65_HS1-834228961_62-HQ-83894_Section_9
Agency: FBI
Page 32
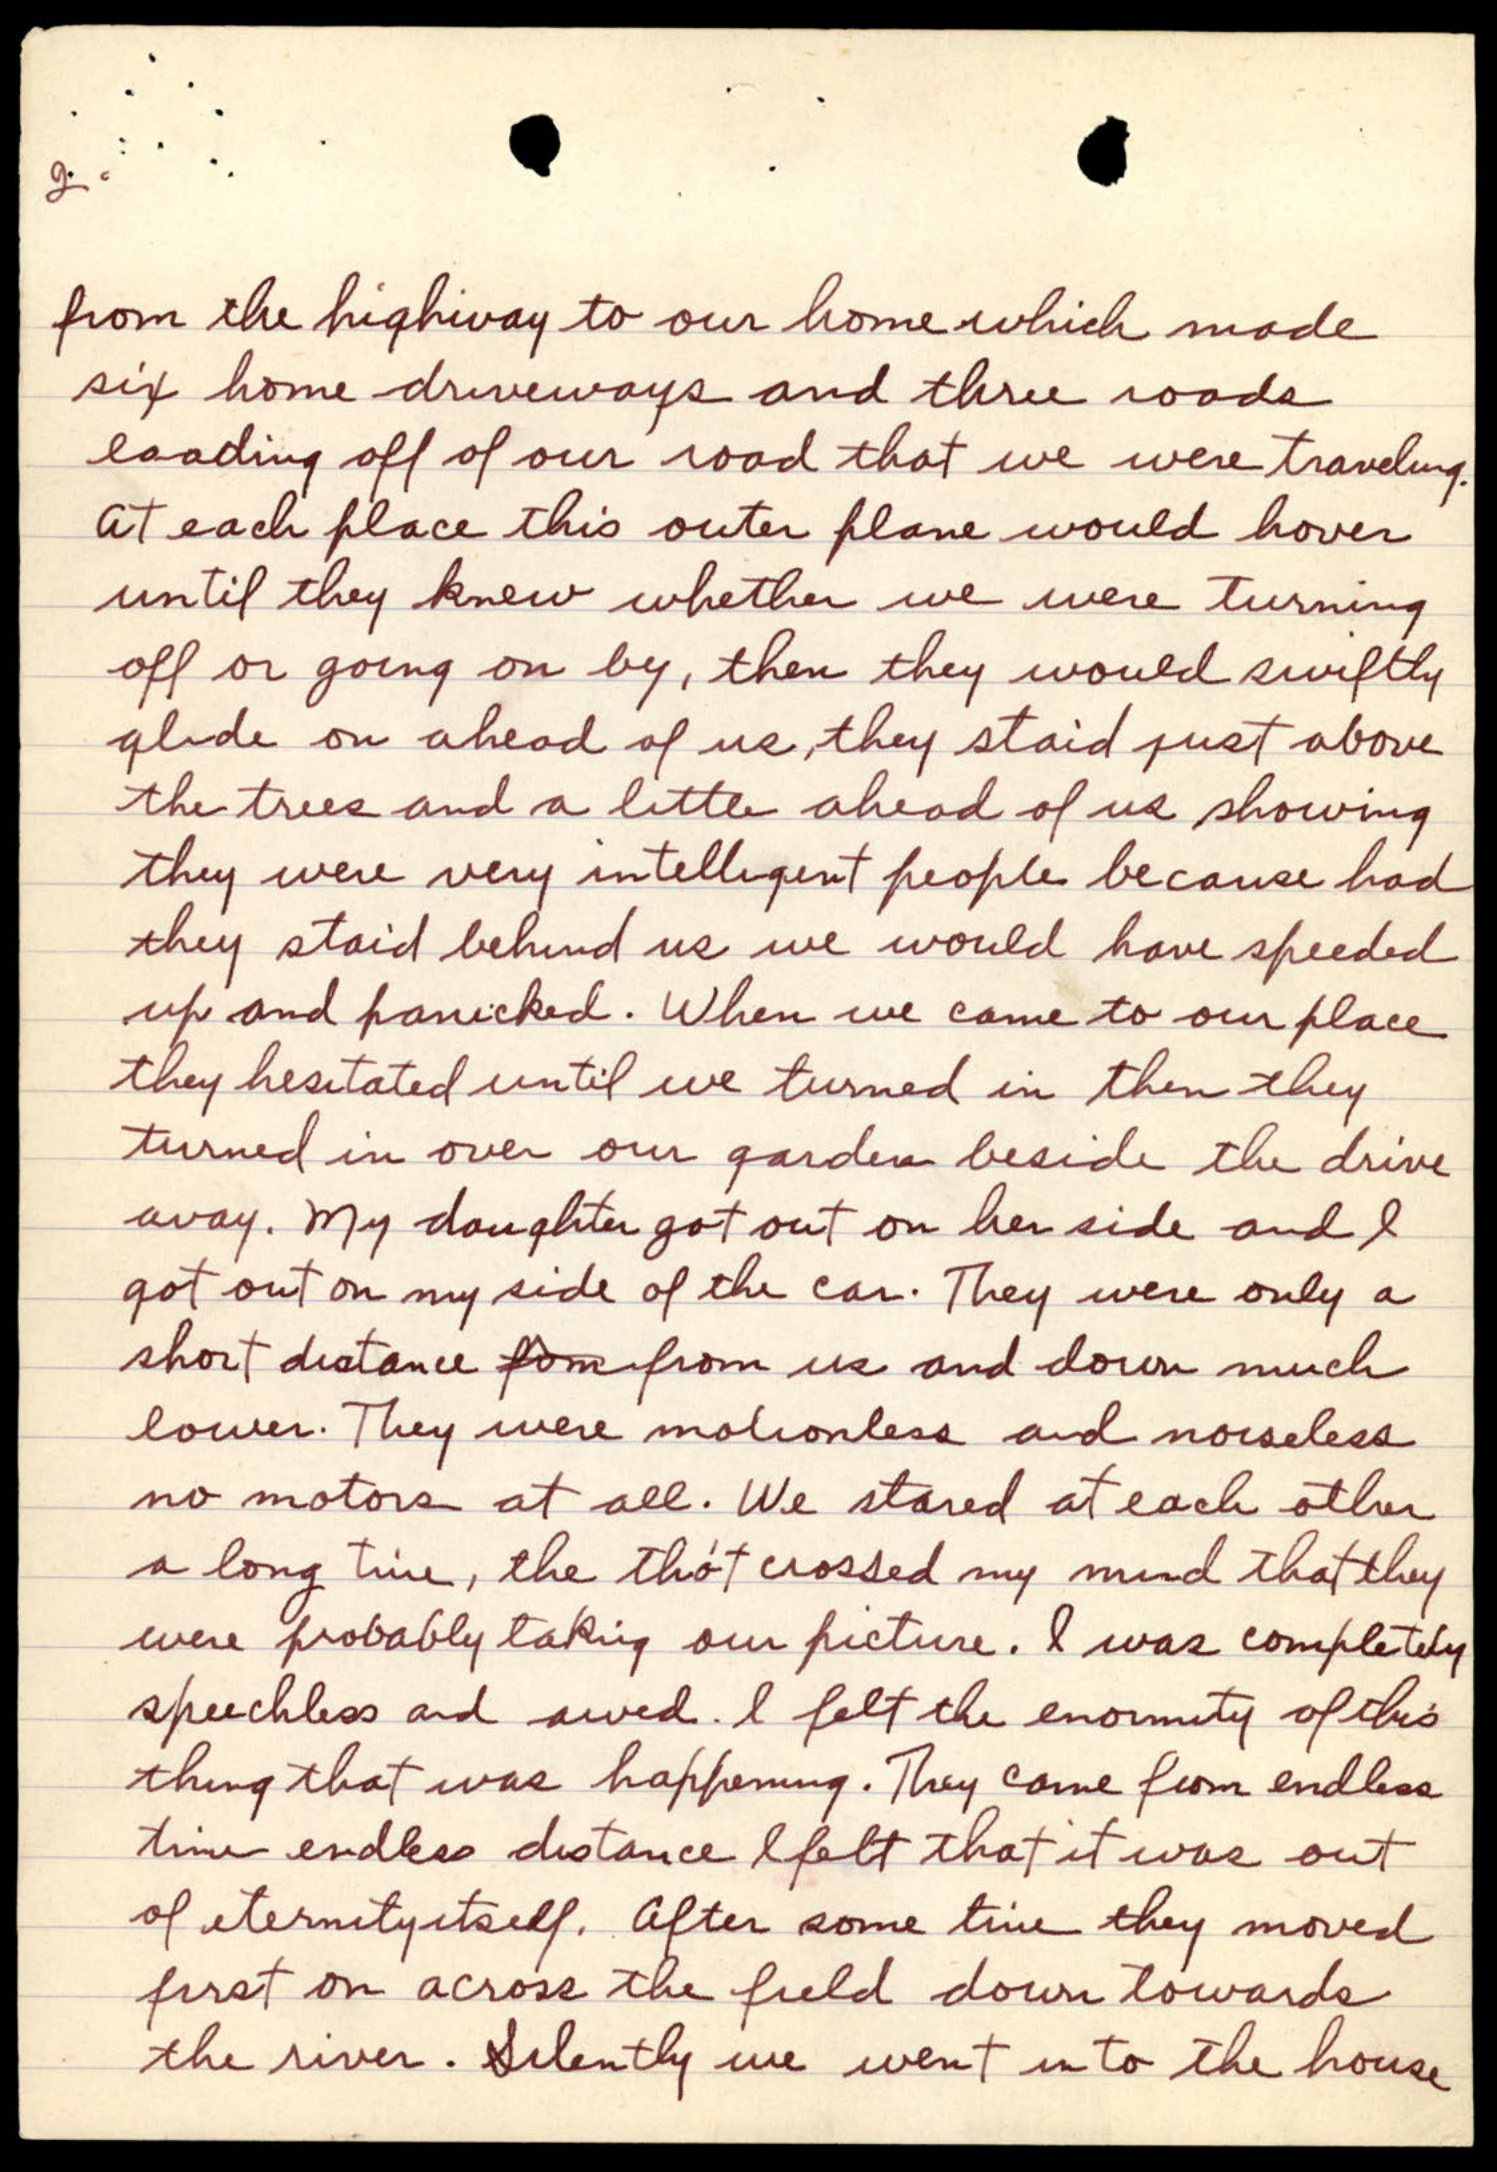